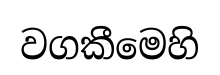
වගකීමෙහි